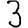
Digit: 3